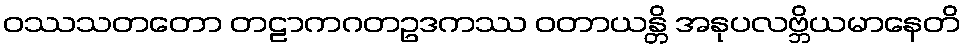
ဝဿသတတော တဠာကဂတဥဒကဿ ဝတာယန္တိ အနုပလဗ္ဘိယမာနေတိ